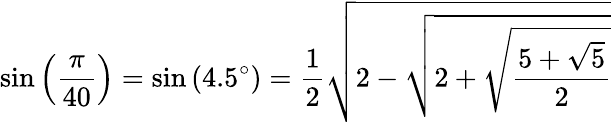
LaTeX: \sin\left({\frac{\pi}{40}}\right)=\sin\left(4.5^{\circ}\right)={\frac{1}{2}}{\sqrt{2-{\sqrt{2+{\sqrt{\frac{5+{\sqrt{5}}}{2}}}}}}}